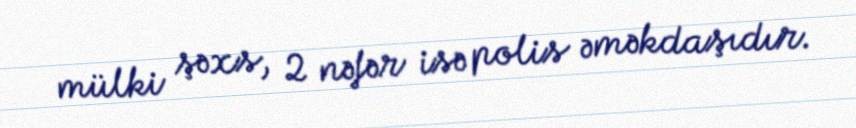
mülki şəxs, 2 nəfər isə polis əməkdaşıdır.